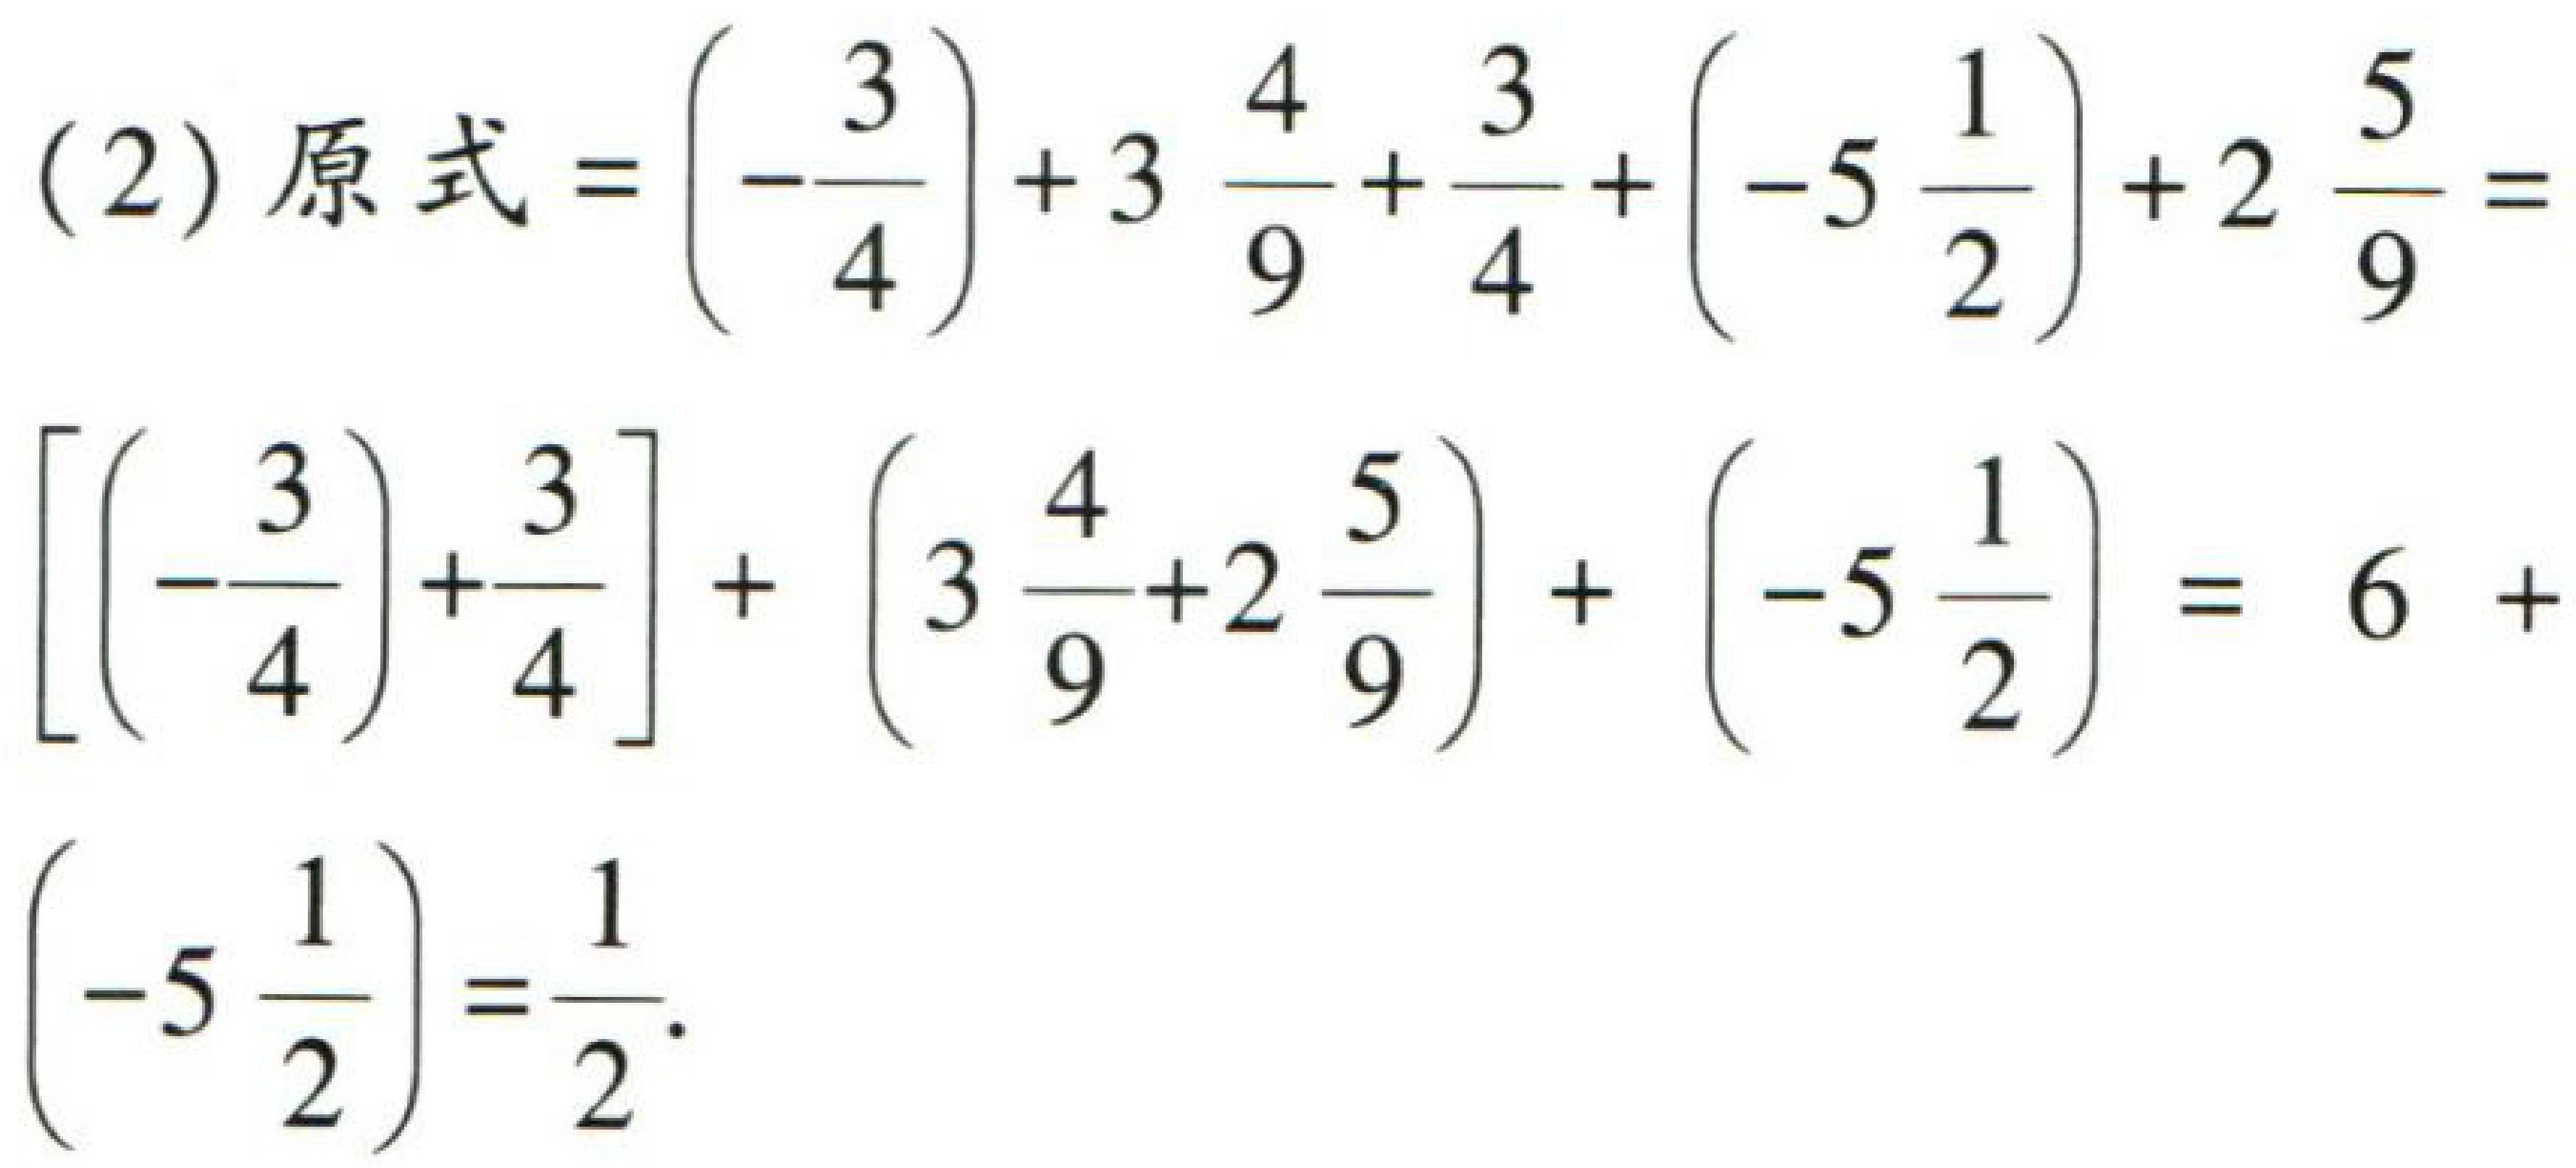
\((2)\) 原式\(=\left(-\dfrac{3}{4}\right)+3\dfrac{4}{9}+\dfrac{3}{4}+\left(-5\dfrac{1}{2}\right)+2\dfrac{5}{9}=\left[\left(-\dfrac{3}{4}\right)+\dfrac{3}{4}\right]+\left(3\dfrac{4}{9}+2\dfrac{5}{9}\right)+\left(-5\dfrac{1}{2}\right)=6+\left(-5\dfrac{1}{2}\right)=\dfrac{1}{2}\)